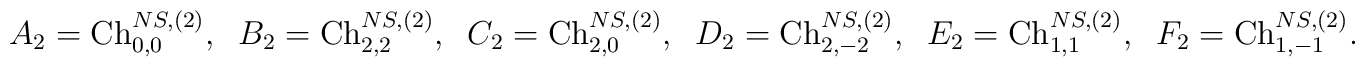
A_2 = {\rm Ch}^{NS,(2)}_{0,0},\;\;B_2 = {\rm Ch}^{NS,(2)}_{2,2},\;\;C_2 = {\rm Ch}^{NS,(2)}_{2,0},\;\;D_2 = {\rm Ch}^{NS,(2)}_{2,-2},\;\;E_2 = {\rm Ch}^{NS,(2)}_{1,1},\;\;F_2 = {\rm Ch}^{NS,(2)}_{1,-1}.